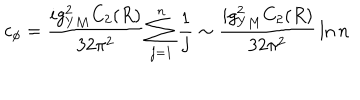
LaTeX: c _ { \phi } = { \frac { i g _ { Y M } ^ { 2 } C _ { 2 } ( R ) } { 3 2 \pi ^ { 2 } } } \sum _ { j = 1 } ^ { n } { \frac { 1 } { j } } \sim { \frac { i g _ { Y M } ^ { 2 } C _ { 2 } ( R ) } { 3 2 \pi ^ { 2 } } } \ln n